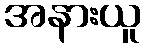
အနားယူ